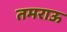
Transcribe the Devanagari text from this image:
तमराऊ